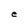
Character: e